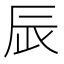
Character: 𨑄